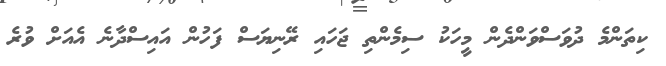
ކިތަންމެ ދުވަސްވަންދެން މީހަކު ސިމެންތި ޖަހައި ރޭނިޔަސް ފަހުން އައިސްދާނެ އެއަށް ވުރެ